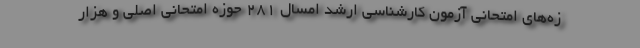
زه‌های امتحانی آزمون کارشناسی ارشد امسال ۲۸۱ حوزه امتحانی اصلی و هزار